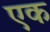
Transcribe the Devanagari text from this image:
एक